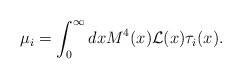
LaTeX: \begin{align*}\mu_i = \int_0^\infty dx M^4(x){\cal L}(x)\tau_i(x).\end{align*}